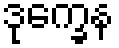
ဒုက္ခေန